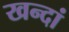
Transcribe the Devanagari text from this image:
खन्दां